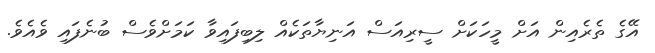
އޭގެ ތެރެއިން އަށް މީހަކަށް ސީރިއަސް އަނިޔާތަކެއް ލިބިފައިވާ ކަމަށްވެސް ބުނެފައި ވެއެވެ.